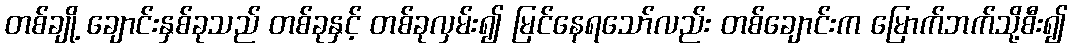
တစ်ချို့ ချောင်းနှစ်ခုသည် တစ်ခုနှင့် တစ်ခုလှမ်း၍ မြင်နေရသော်လည်း တစ်ချောင်းက မြောက်ဘက်သို့စီး၍